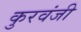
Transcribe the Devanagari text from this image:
कुरवंजी